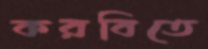
করবিতে